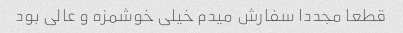
قطعا مجددا سفارش میدم خیلی خوشمزه و عالی بود